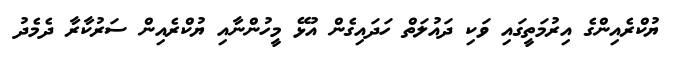
ޔުކްރެއިންގެ އިރުމަތީގައި ވަކި ދައުލަތް ހަދައިގެން އުޅޭ މީހުންނާއި ޔުކްރެއިން ސަރުކާރާ ދެމެދު